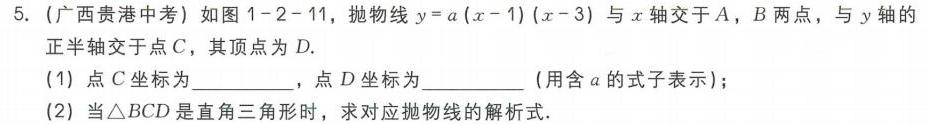
5. (广西贵港中考) 如图1 - 2 - 11，抛物线\(y = a(x - 1)(x - 3)\)与\(x\)轴交于\(A\)，\(B\)两点，与\(y\)轴的正半轴交于点\(C\)，其顶点为\(D\).
(1) 点\(C\)坐标为  ，点\(D\)坐标为  (用含\(a\)的式子表示)；
(2) 当\(\triangle BCD\)是直角三角形时，求对应抛物线的解析式.